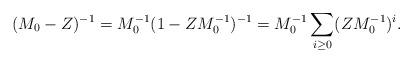
LaTeX: \begin{align*} (M_0 - Z)^{-1} = M_0^{-1} (1 - ZM_0^{-1})^{-1} = M_0^{-1} \sum_{i\ge 0} (ZM_0^{-1})^i .\end{align*}